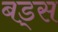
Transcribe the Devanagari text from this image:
बड्स